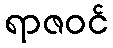
ရာဇဝင်